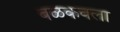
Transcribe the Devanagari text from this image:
बळकवला